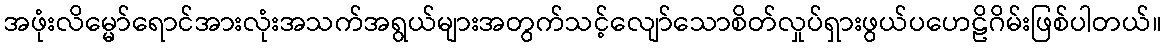
အဖုံးလိမ္မော်ရောင်အားလုံးအသက်အရွယ်များအတွက်သင့်လျော်သောစိတ်လှုပ်ရှားဖွယ်ပဟေဠိဂိမ်းဖြစ်ပါတယ်။